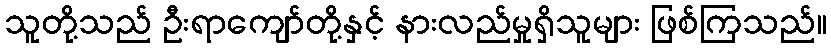
သူတို့သည် ဦးရာကျော်တို့နှင့် နားလည်မှုရှိသူများ ဖြစ်ကြသည်။